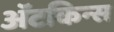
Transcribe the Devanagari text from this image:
अॅटकिन्स